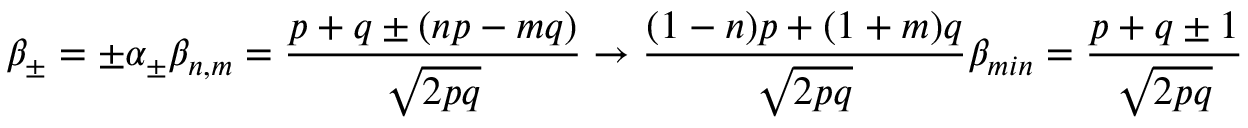
\beta _ { \pm } = \pm \alpha _ { \pm } \beta _ { n , m } = { \frac { p + q \pm ( n p - m q ) } { \sqrt { 2 p q } } } \rightarrow { \frac { ( 1 - n ) p + ( 1 + m ) q } { \sqrt { 2 p q } } } \beta _ { m i n } = { \frac { p + q \pm 1 } { \sqrt { 2 p q } } }